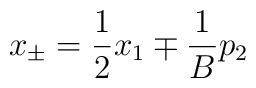
x_{\pm} = \frac{1}{2}x_1 \mp \frac{1}{B}p_2